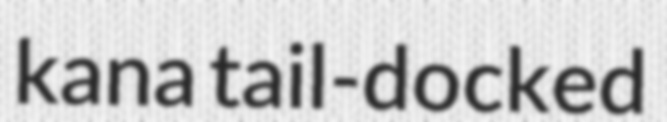
kana tail-docked